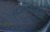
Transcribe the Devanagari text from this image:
सज्जन्गाडचा